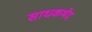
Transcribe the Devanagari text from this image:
साधकभेद